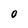
Character: O